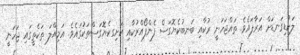
ލަކުޑިގަނޑަށް އަރާފައެވެ. ތައްޖަހަނީ ރުކާއި ބަނބުކެޔޮގަސް ފެންފޯއްރުކާއި ކަށިގކެޔޮގަސްތަކުގައެވެ. އަމިއްލަ ތަކެތީގައި ޖަހަނީ